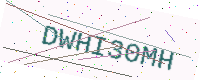
Text: DWHI30MH